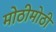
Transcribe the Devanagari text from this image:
मोठीमोठी